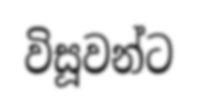
විසූවන්ට